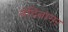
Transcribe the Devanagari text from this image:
नंदिनागर